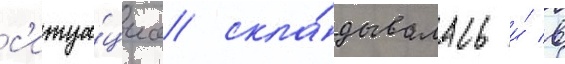
с'итуа́циа скла́дывалась и́ в